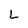
Character: L